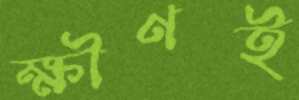
ক্ষীণই